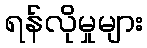
ရန်လိုမှုများ